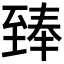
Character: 𮍣